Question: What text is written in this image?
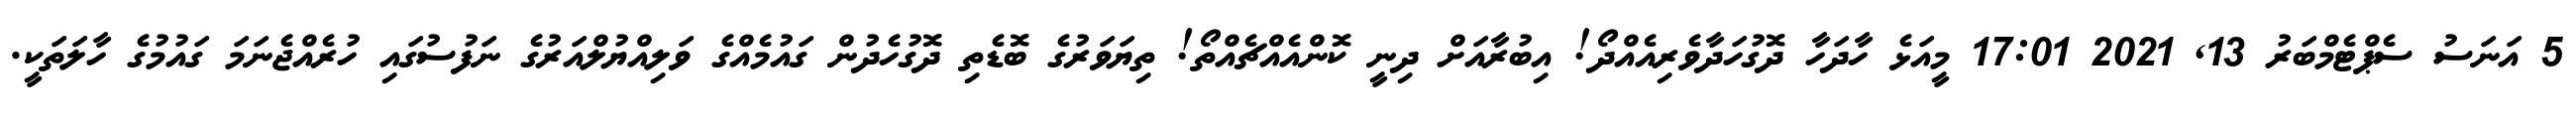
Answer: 5 އަނަސު ސެޕްޓެމްބަރު 13, 2021 17:01 މީއަޅެ ހާދަހާ ދޮގުހަދާވެރިއެއްދޯ! އިބުރާއަށް ދިނީ ކޮންއެއްޗެއްތޯ! ތިޔަވަރުގެ ބޮޑެތި ދޮގުހެދުން ގައުމެއްގެ ވަލިއްޔުލްއަރުގެ ނަފުސުގައި ހުރެއްޖެނަމަ ގައުމުގެ ހާލަތަކީ.